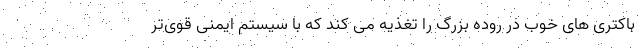
باکتری های خوب در روده بزرگ را تغذیه می کند که با سیستم ایمنی قوی‌تر